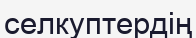
селкуптердің